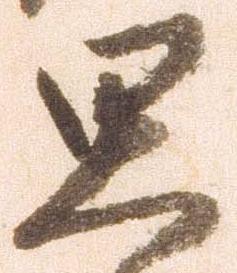
思